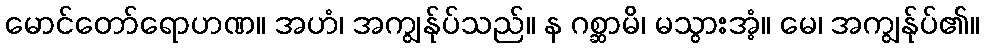
မောင်တော်ရောဟဏ။ အဟံ၊ အကျွန်ုပ်သည်။ န ဂစ္ဆာမိ၊ မသွားအံ့။ မေ၊ အကျွန်ုပ်၏။